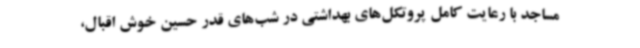
مساجد با رعایت کامل پروتکل‌های بهداشتی در شب‌های قدر حسین خوش اقبال،